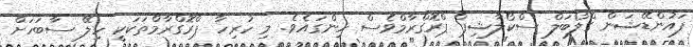
ފައުންޑޭޝަން ގްލޯބަލް ސްކޯލާޝިޕް ޕްރޮގްރާމްވެސް ހިންގައެވެ. މި ހުރިހާ ޕްރޮގްރާމްތަކަކީ ހިލޭ ސާބަހަށް